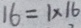
1 6 = 1 \times 1 6